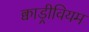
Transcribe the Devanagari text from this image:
क्वाड्रीवियम